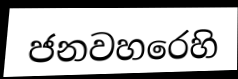
ජනවහරෙහි